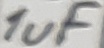
Text: 1uF